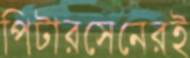
পিটারসেনেরই